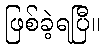
ဖြစ်ခဲ့ရပြီ။